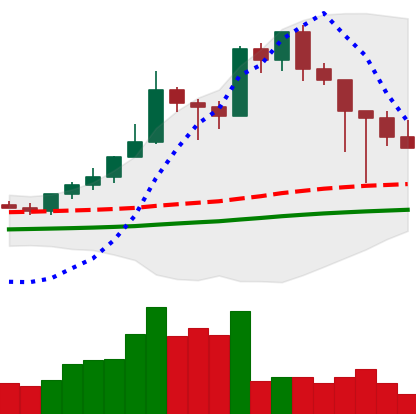
Ticker: XMR-USD
Chart end date: 2021-02-25
Forward return: 11.849%
Label: up_7plus